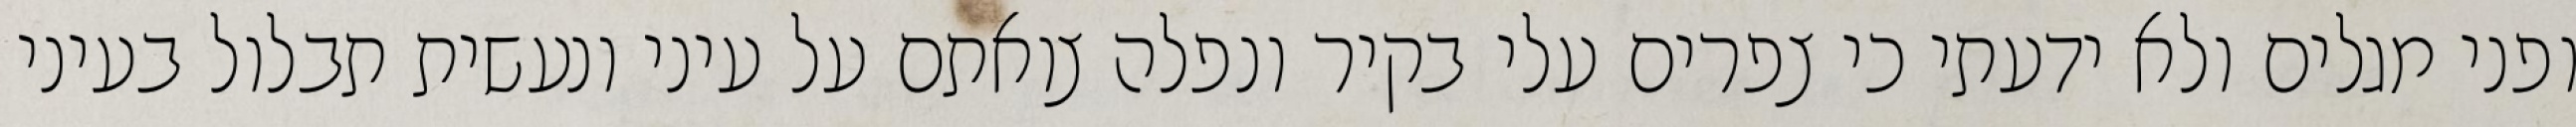
ופני מגלים ולא ידעתי כי צפרים עלי בקיר‏ ונפלה צואתם על עיני ונעשית תבלול בעיני